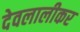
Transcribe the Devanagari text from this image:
देवलालीकर